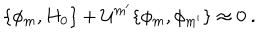
LaTeX: \{ \phi _ { m } , H _ { 0 } \} + { \cal U } ^ { m ^ { \prime } } \{ \phi _ { m } , \phi _ { m ^ { \prime } } \} \approx 0 \ .